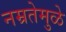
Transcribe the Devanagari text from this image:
नम्रतेमुळे